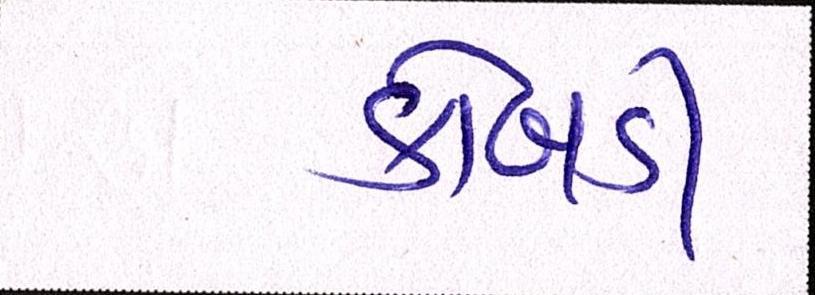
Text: કોબડી